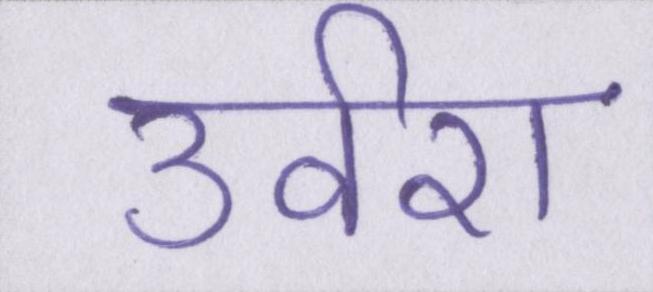
उर्वरा